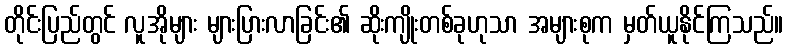
တိုင်းပြည်တွင် လူအိုများ များပြားလာခြင်း၏ ဆိုးကျိုးတစ်ခုဟုသာ အများစုက မှတ်ယူနိုင်ကြသည်။